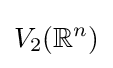
V_{2}(\mathbb {R} ^{n})